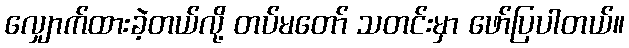
လျှောက်ထားခဲ့တယ်လို့ တပ်မတော် သတင်းမှာ ဖော်ပြပါတယ်။